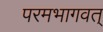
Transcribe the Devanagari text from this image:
परमभागवत्